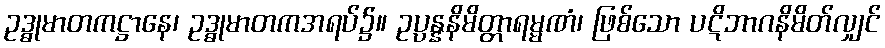
ဥဒ္ဓုမာတကဋ္ဌာနေ၊ ဥဒ္ဓုမာတကအရပ်၌။ ဥပ္ပန္နနိမိတ္တာရမ္မဏံ၊ ဖြစ်သော ပဋိဘာဂနိမိတ်လျှင်